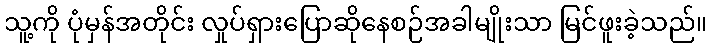
သူ့ကို ပုံမှန်အတိုင်း လှုပ်ရှားပြောဆိုနေစဉ်အခါမျိုးသာ မြင်ဖူးခဲ့သည်။